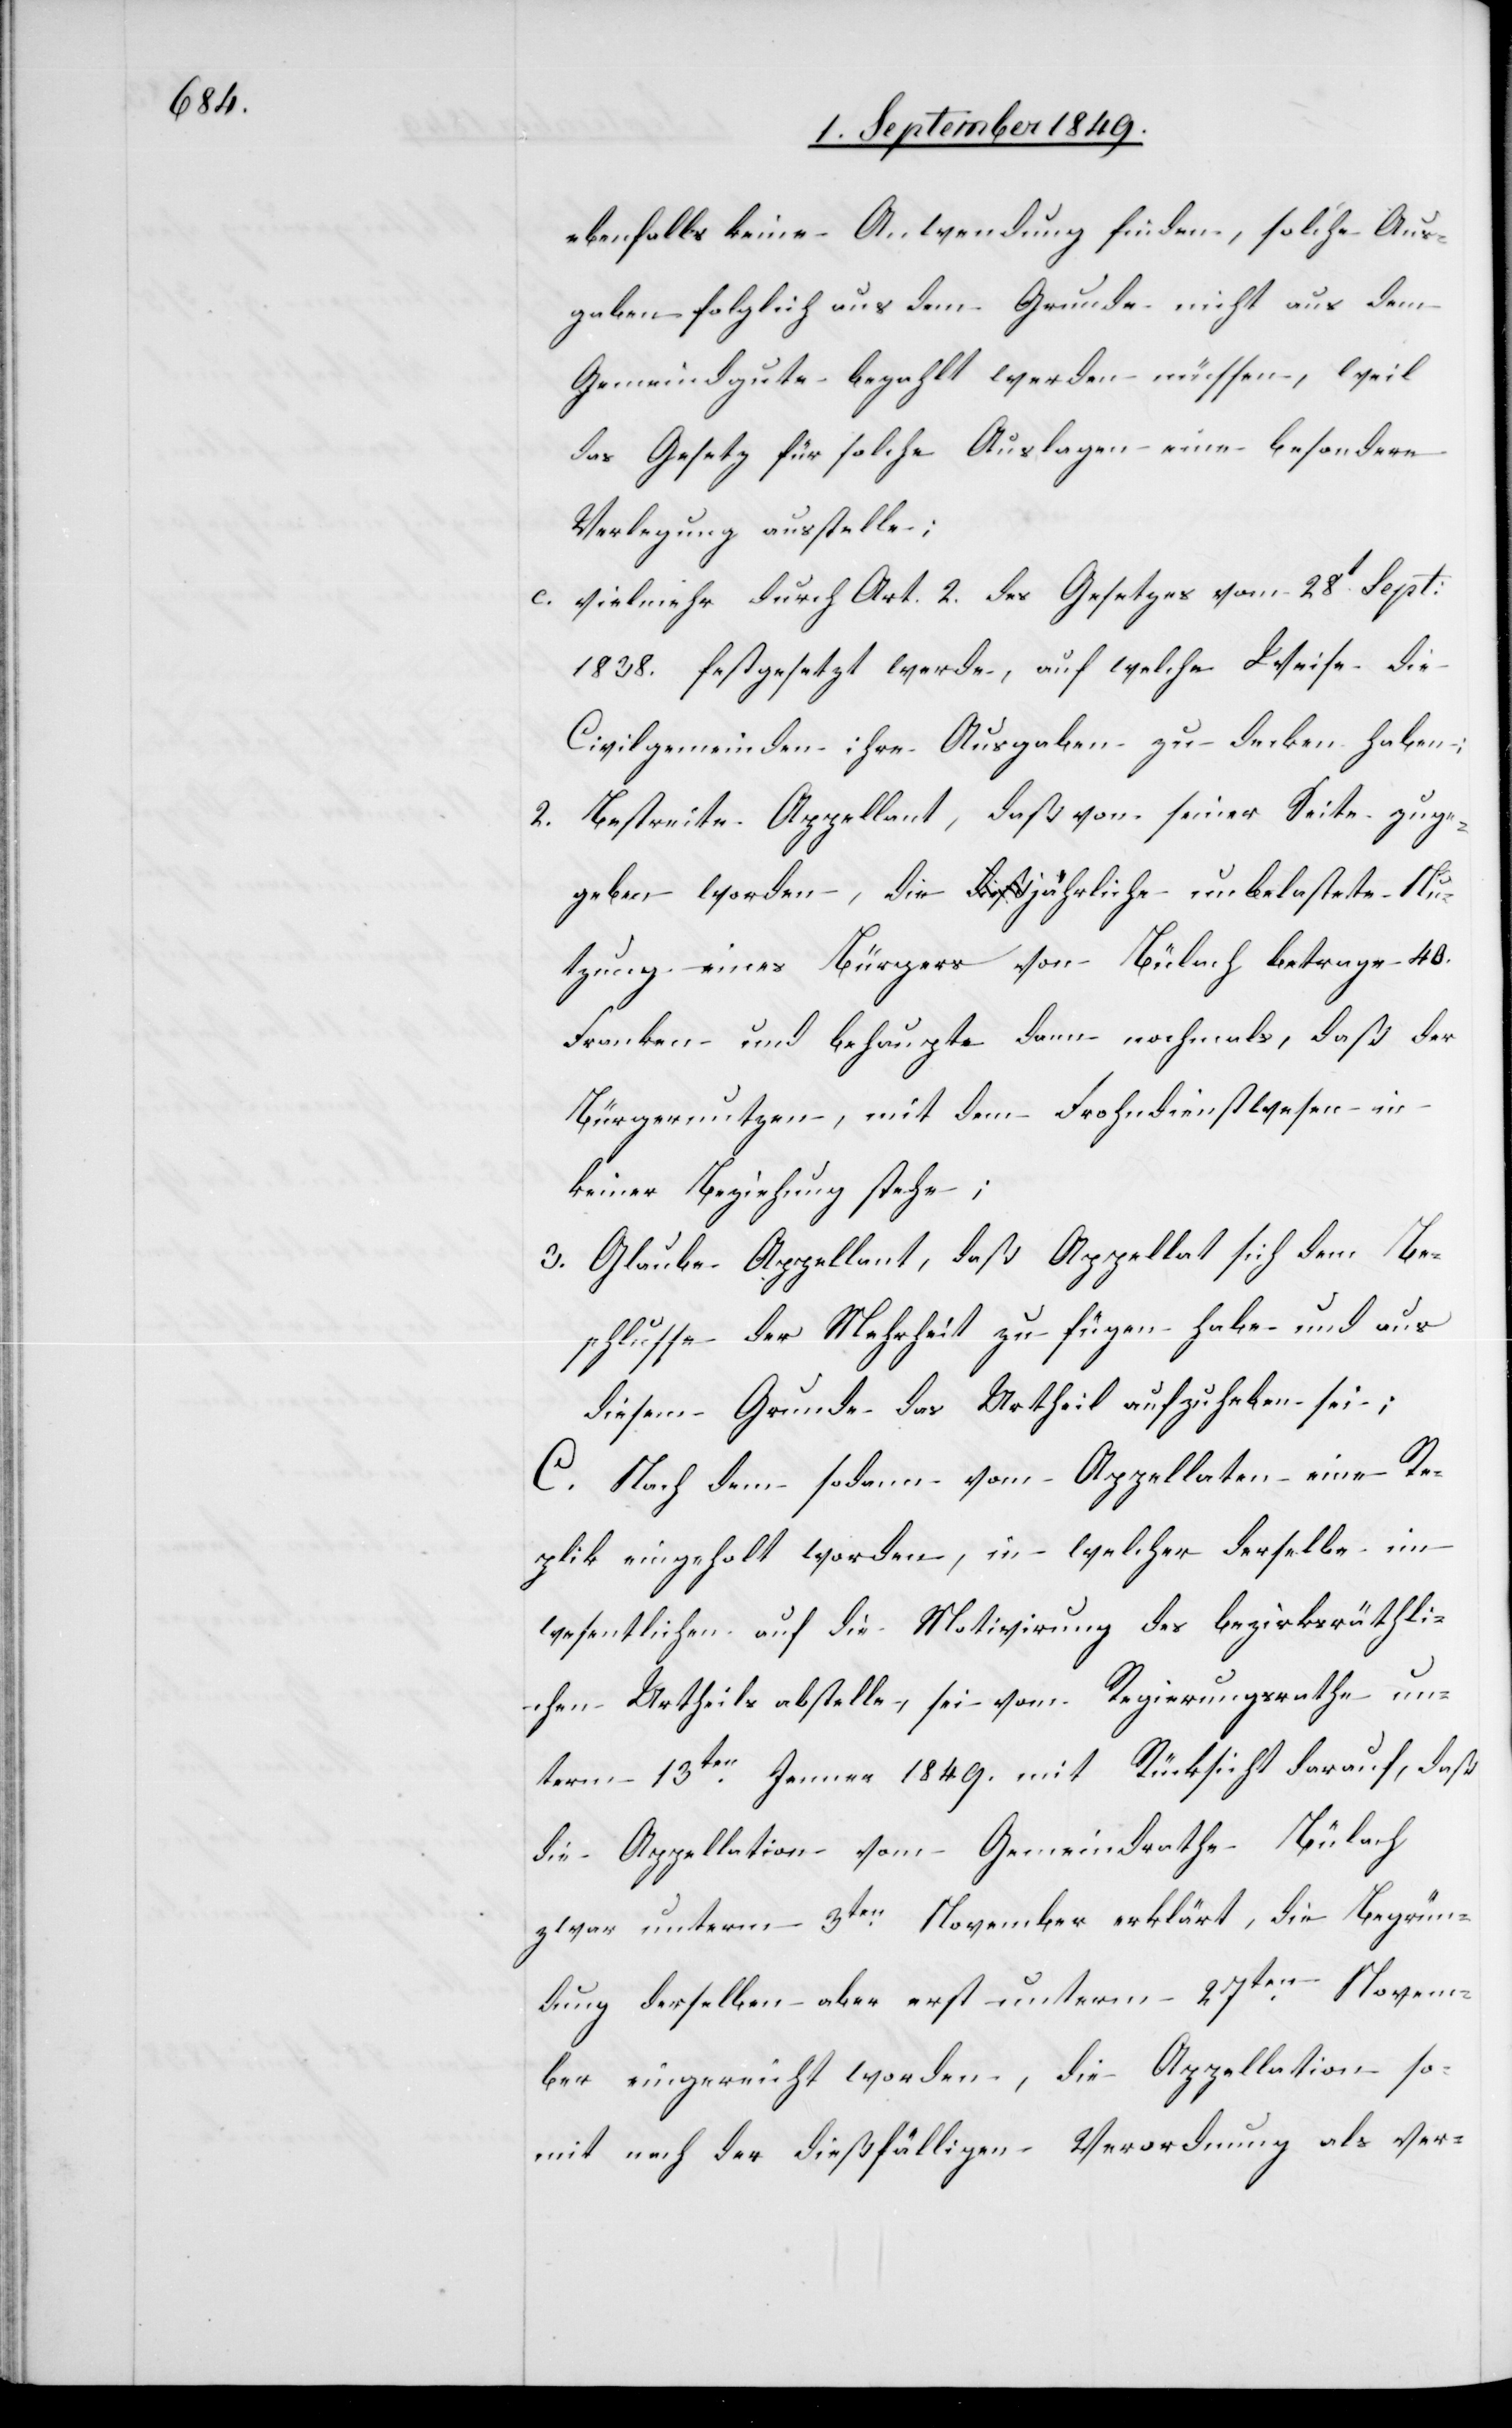
ebenfalls keine Anwendung finden, solche Aus¬
gaben folglich aus dem Grunde nicht aus dem
Gemeindgute bezahlt werden müssen, weil
das Gesetz für solche Auslagen eine besondere
Verletzung ausstelle;
c. vielmehr durch Art. 2. des Gesetzes vom 28t Sept:
1838. festgesetzt werde, auf welche Weise die
Civilgemeinde ihre Ausgaben zu decken haben;
2. Bestreite Appellant, daß von seiner Seite zuge¬
geben worden, die jährliche unbelastete Nu¬
tzung eines Bürgers von Bülach betrage 40.
Franken und behaupte dann nochmals, daß der
Bürgernutzen, mit dem Frohndienstwesen in
keiner Beziehung stehe;
3. Glaube Appellant, daß Appellat sich dem Be¬
schlusse der Mehrheit zu fügen habe und aus
diesem Grunde das Urtheil aufzuheben sei;
C. Nach dem sodann von Appellaten eine Re¬
plik eingeholt worden, in welcher derselbe im
wesentlichen auf die Motivirung des bezirksräthli¬
chen Urtheils abstelle, sei vom Regierungsrathe un¬
term 13ten Jenner 1849. mit Rücksicht darauf, daß
die Appellation vom Gemeindrathe Bülach
zwar unterm 3ten November erklärt, die Begrün¬
dung derselben aber erst unterm 27ten Novem¬
ber eingereicht worden, die Appellation so¬
mit nach der dießfälligen Verordnung als ver-